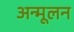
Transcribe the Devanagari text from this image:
अन्मूलन